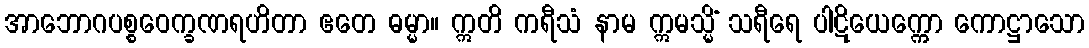
အာဘောဂပစ္စဝေက္ခဏရဟိတာ ဧတေ ဓမ္မာ။ ဣတိ ကရီသံ နာမ ဣမသ္မိံ သရီရေ ပါဋိယေက္ကော ကောဋ္ဌာသော